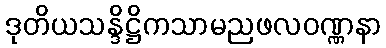
ဒုတိယသန္ဒိဋ္ဌိကသာမညဖလဝဏ္ဏနာ